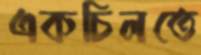
একচিলতে